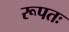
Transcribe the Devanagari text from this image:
रूपतः